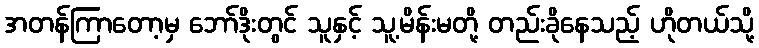
အတန်ကြာတော့မှ ဘော်ဒိုးတွင် သူနှင့် သူ့မိန်းမတို့ တည်းခိုနေသည့် ဟိုတယ်သို့